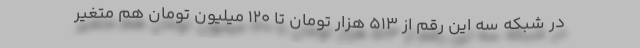
در شبکه سه این رقم از ۵۱۳ هزار تومان تا ۱۲۰ میلیون تومان هم متغیر